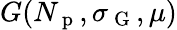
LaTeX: G(N_{\mathrm{~p~}},\sigma_{\mathrm{~G~}},\mu)